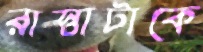
রাস্তাটাকে